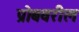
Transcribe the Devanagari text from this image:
प्रोबवरील